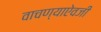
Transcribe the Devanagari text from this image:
वाचण्याऐवजी